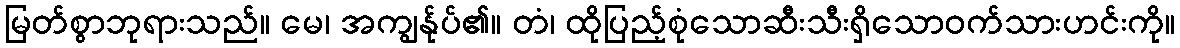
မြတ်စွာဘုရားသည်။ မေ၊ အကျွန်ုပ်၏။ တံ၊ ထိုပြည့်စုံသောဆီးသီးရှိသောဝက်သားဟင်းကို။